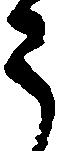
う